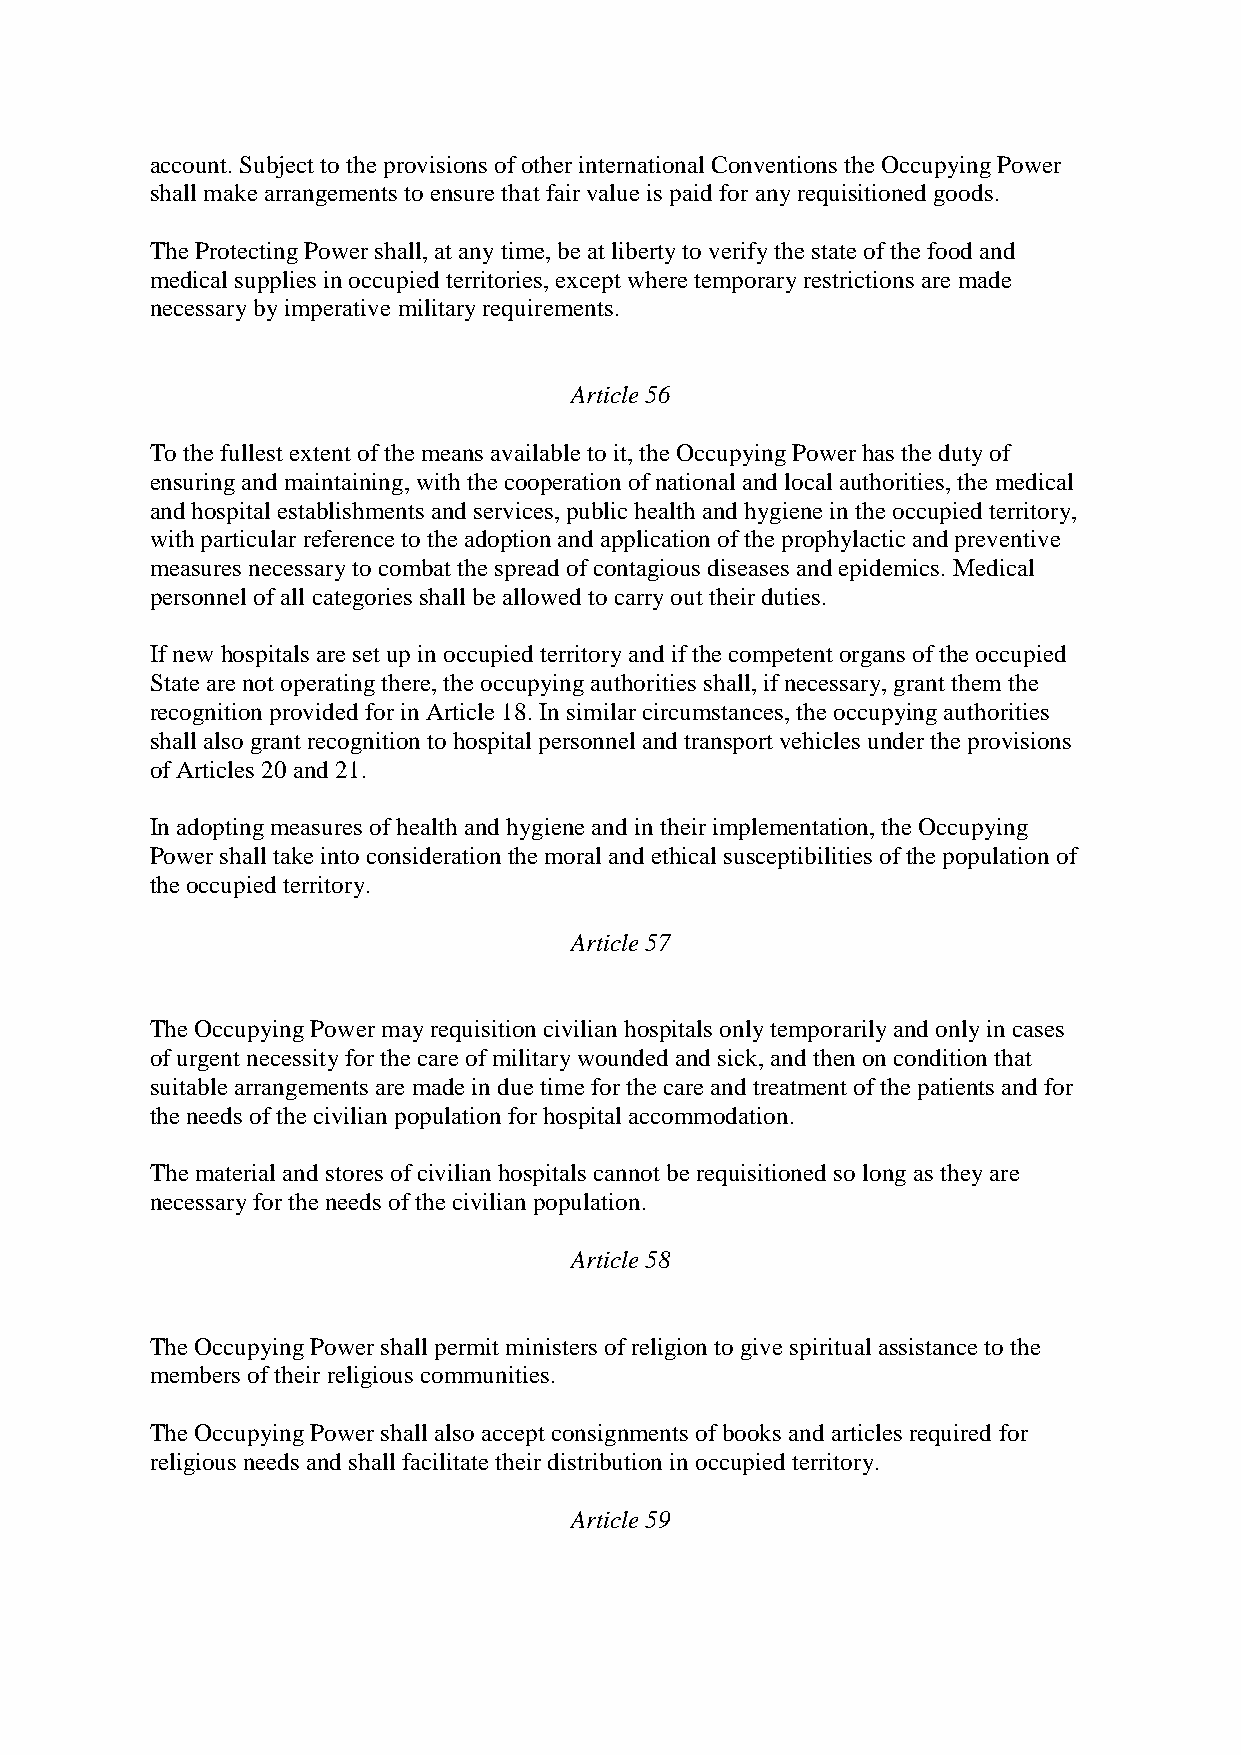
account. Subject to the provisions of other international Conventions the Occupying Power
 shall make arrangements to ensure that fair value is paid for any requisitioned goods.
 The Protecting Power shall, at any time, be at liberty to verify the state of the food and
 medical supplies in occupied territories, except where temporary restrictions are made
 necessary by imperative military requirements.
 Article 56
 To the fullest extent of the means available to it, the Occupying Power has the duty of
 ensuring and maintaining, with the cooperation of national and local authorities, the medical
 and hospital establishments and services, public health and hygiene in the occupied territory,
 with particular reference to the adoption and application of the prophylactic and preventive
 measures necessary to combat the spread of contagious diseases and epidemics. Medical
 personnel of all categories shall be allowed to carry out their duties.
 If new hospitals are set up in occupied territory and if the competent organs of the occupied
 State are not operating there, the occupying authorities shall, if necessary, grant them the
 recognition provided for in Article 18. In similar circumstances, the occupying authorities
 shall also grant recognition to hospital personnel and transport vehicles under the provisions
 of Articles 20 and 21.
 In adopting measures of health and hygiene and in their implementation, the Occupying
 Power shall take into consideration the moral and ethical susceptibilities of the population of
 the occupied territory.
 Article 57
 The Occupying Power may requisition civilian hospitals only temporarily and only in cases
 of urgent necessity for the care of military wounded and sick, and then on condition that
 suitable arrangements are made in due time for the care and treatment of the patients and for
 the needs of the civilian population for hospital accommodation.
 The material and stores of civilian hospitals cannot be requisitioned so long as they are
 necessary for the needs of the civilian population.
 Article 58
 The Occupying Power shall permit ministers of religion to give spiritual assistance to the
 members of their religious communities.
 The Occupying Power shall also accept consignments of books and articles required for
 religious needs and shall facilitate their distribution in occupied territory.
 Article 59